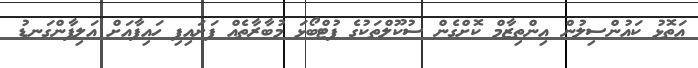
އަތޮޅު ކައުންސިލުން އިންތިޒާމް ކޮށްގެން ސުކޫލްތަކުގެ ފުޓްބޯޅަ މުބާރާތެއް ފަށައިފި ހައިފާއަށް އަލިފާންގަނޑު